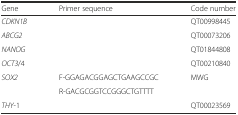
| Gene | Primer sequence | Code number |
 | --- | --- | --- |
 | CDKN1B |  | QT00998445 |
 | ABCG2 |  | QT00073206 |
 | NANOG |  | QT01844808 |
 | OCT3/4 |  | QT00210840 |
 | <ROWSPAN=2> SOX2 | F-GGAGACGGAGCTGAAGCCGC | <ROWSPAN=2> MWG |
 | R-GACGCGGTCCGGGCTGTTTT |
 | THY-1 |  | QT00023569 |